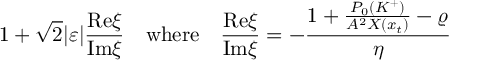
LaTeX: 1 + \sqrt { 2 } | \varepsilon | \frac { \mathrm { R e } \xi } { \mathrm { I m } \xi } \quad \mathrm { w h e r e } \quad \frac { \mathrm { R e } \xi } { \mathrm { I m } \xi } = - \frac { 1 + \frac { P _ { 0 } ( K ^ { + } ) } { A ^ { 2 } X ( x _ { t } ) } - \varrho } { \eta }